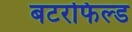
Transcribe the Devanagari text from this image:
बटरफिल्ड